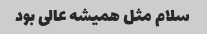
سلام مثل همیشه عالی بود